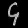
Digit: ၄